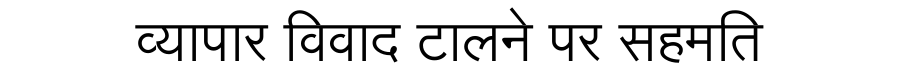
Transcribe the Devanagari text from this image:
व्यापार विवाद टालने पर सहमति